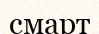
смарт